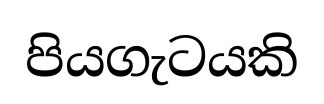
පියගැටයකි